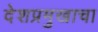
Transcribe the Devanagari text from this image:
देशप्रमुखाचा